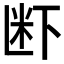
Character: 𮇊